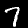
Digit: 7